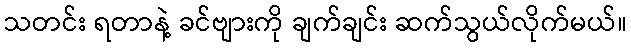
သတင်း ရတာနဲ့ ခင်ဗျားကို ချက်ချင်း ဆက်သွယ်လိုက်မယ်။